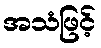
အသံဖြင့်